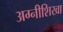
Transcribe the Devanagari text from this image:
अग्नीशिखा